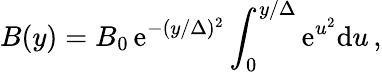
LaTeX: B(y)=B_{0}\, \mathrm{e}^{-(y/\Delta)^{2}}\int_{0}^{y/\Delta}\mathrm{e}^{u^{2}}\mathrm{d}u\, ,